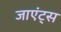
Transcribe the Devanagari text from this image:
जाएंट्स